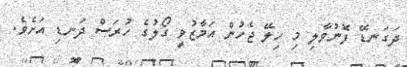
ދަގަނޑޭ ފޮނުވާލި މި ހިލޭ ޖެހުން އަމާޒުވީ ގޯލުގެ ހުރަސް ދަނޑި އަށެވެ.